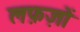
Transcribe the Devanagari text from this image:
लफ़ज़ों